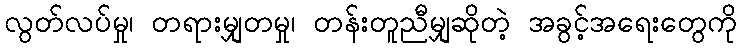
လွတ်လပ်မှု၊ တရားမျှတမှု၊ တန်းတူညီမျှဆိုတဲ့ အခွင့်အရေးတွေကို